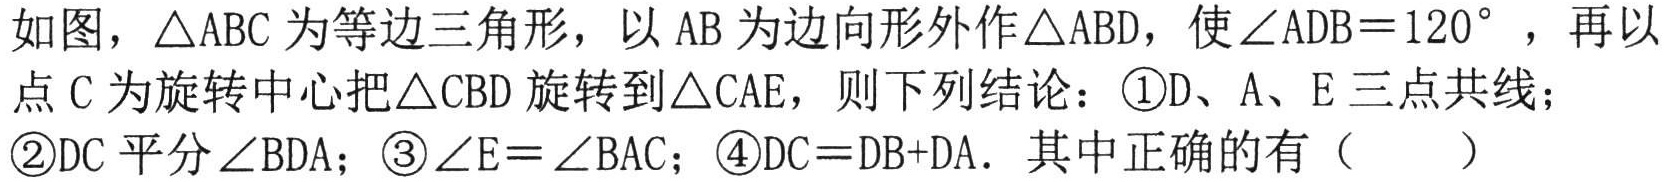
如图，$\triangle ABC$为等边三角形，以$AB$为边向形外作$\triangle ABD$，使$\angle ADB = 120^{\circ}$，再以点$C$为旋转中心把$\triangle CBD$旋转到$\triangle CAE$，则下列结论：\textcircled{1}D、A、E三点共线；\textcircled{2}DC平分$\angle BDA$；\textcircled{3}$\angle E=\angle BAC$；\textcircled{4}$DC = DB + DA$．其中正确的有（  ）